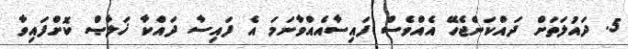
5. ދައުލަތަށް ދައްކަންޖެހޭ އެއްވެސް ފައިސާއެއްވާނަމަ އެ ފައިސާ ދައްކާ ޚަލާޞް ކޮށްފައިވާ